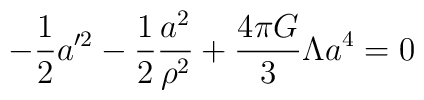
-{1\over2} a'^2 -{1\over2} {a^2\over \rho^2} + {4\pi G\over3}\Lambda a^4 =0